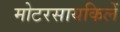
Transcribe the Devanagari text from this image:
मोटरसायकिलें